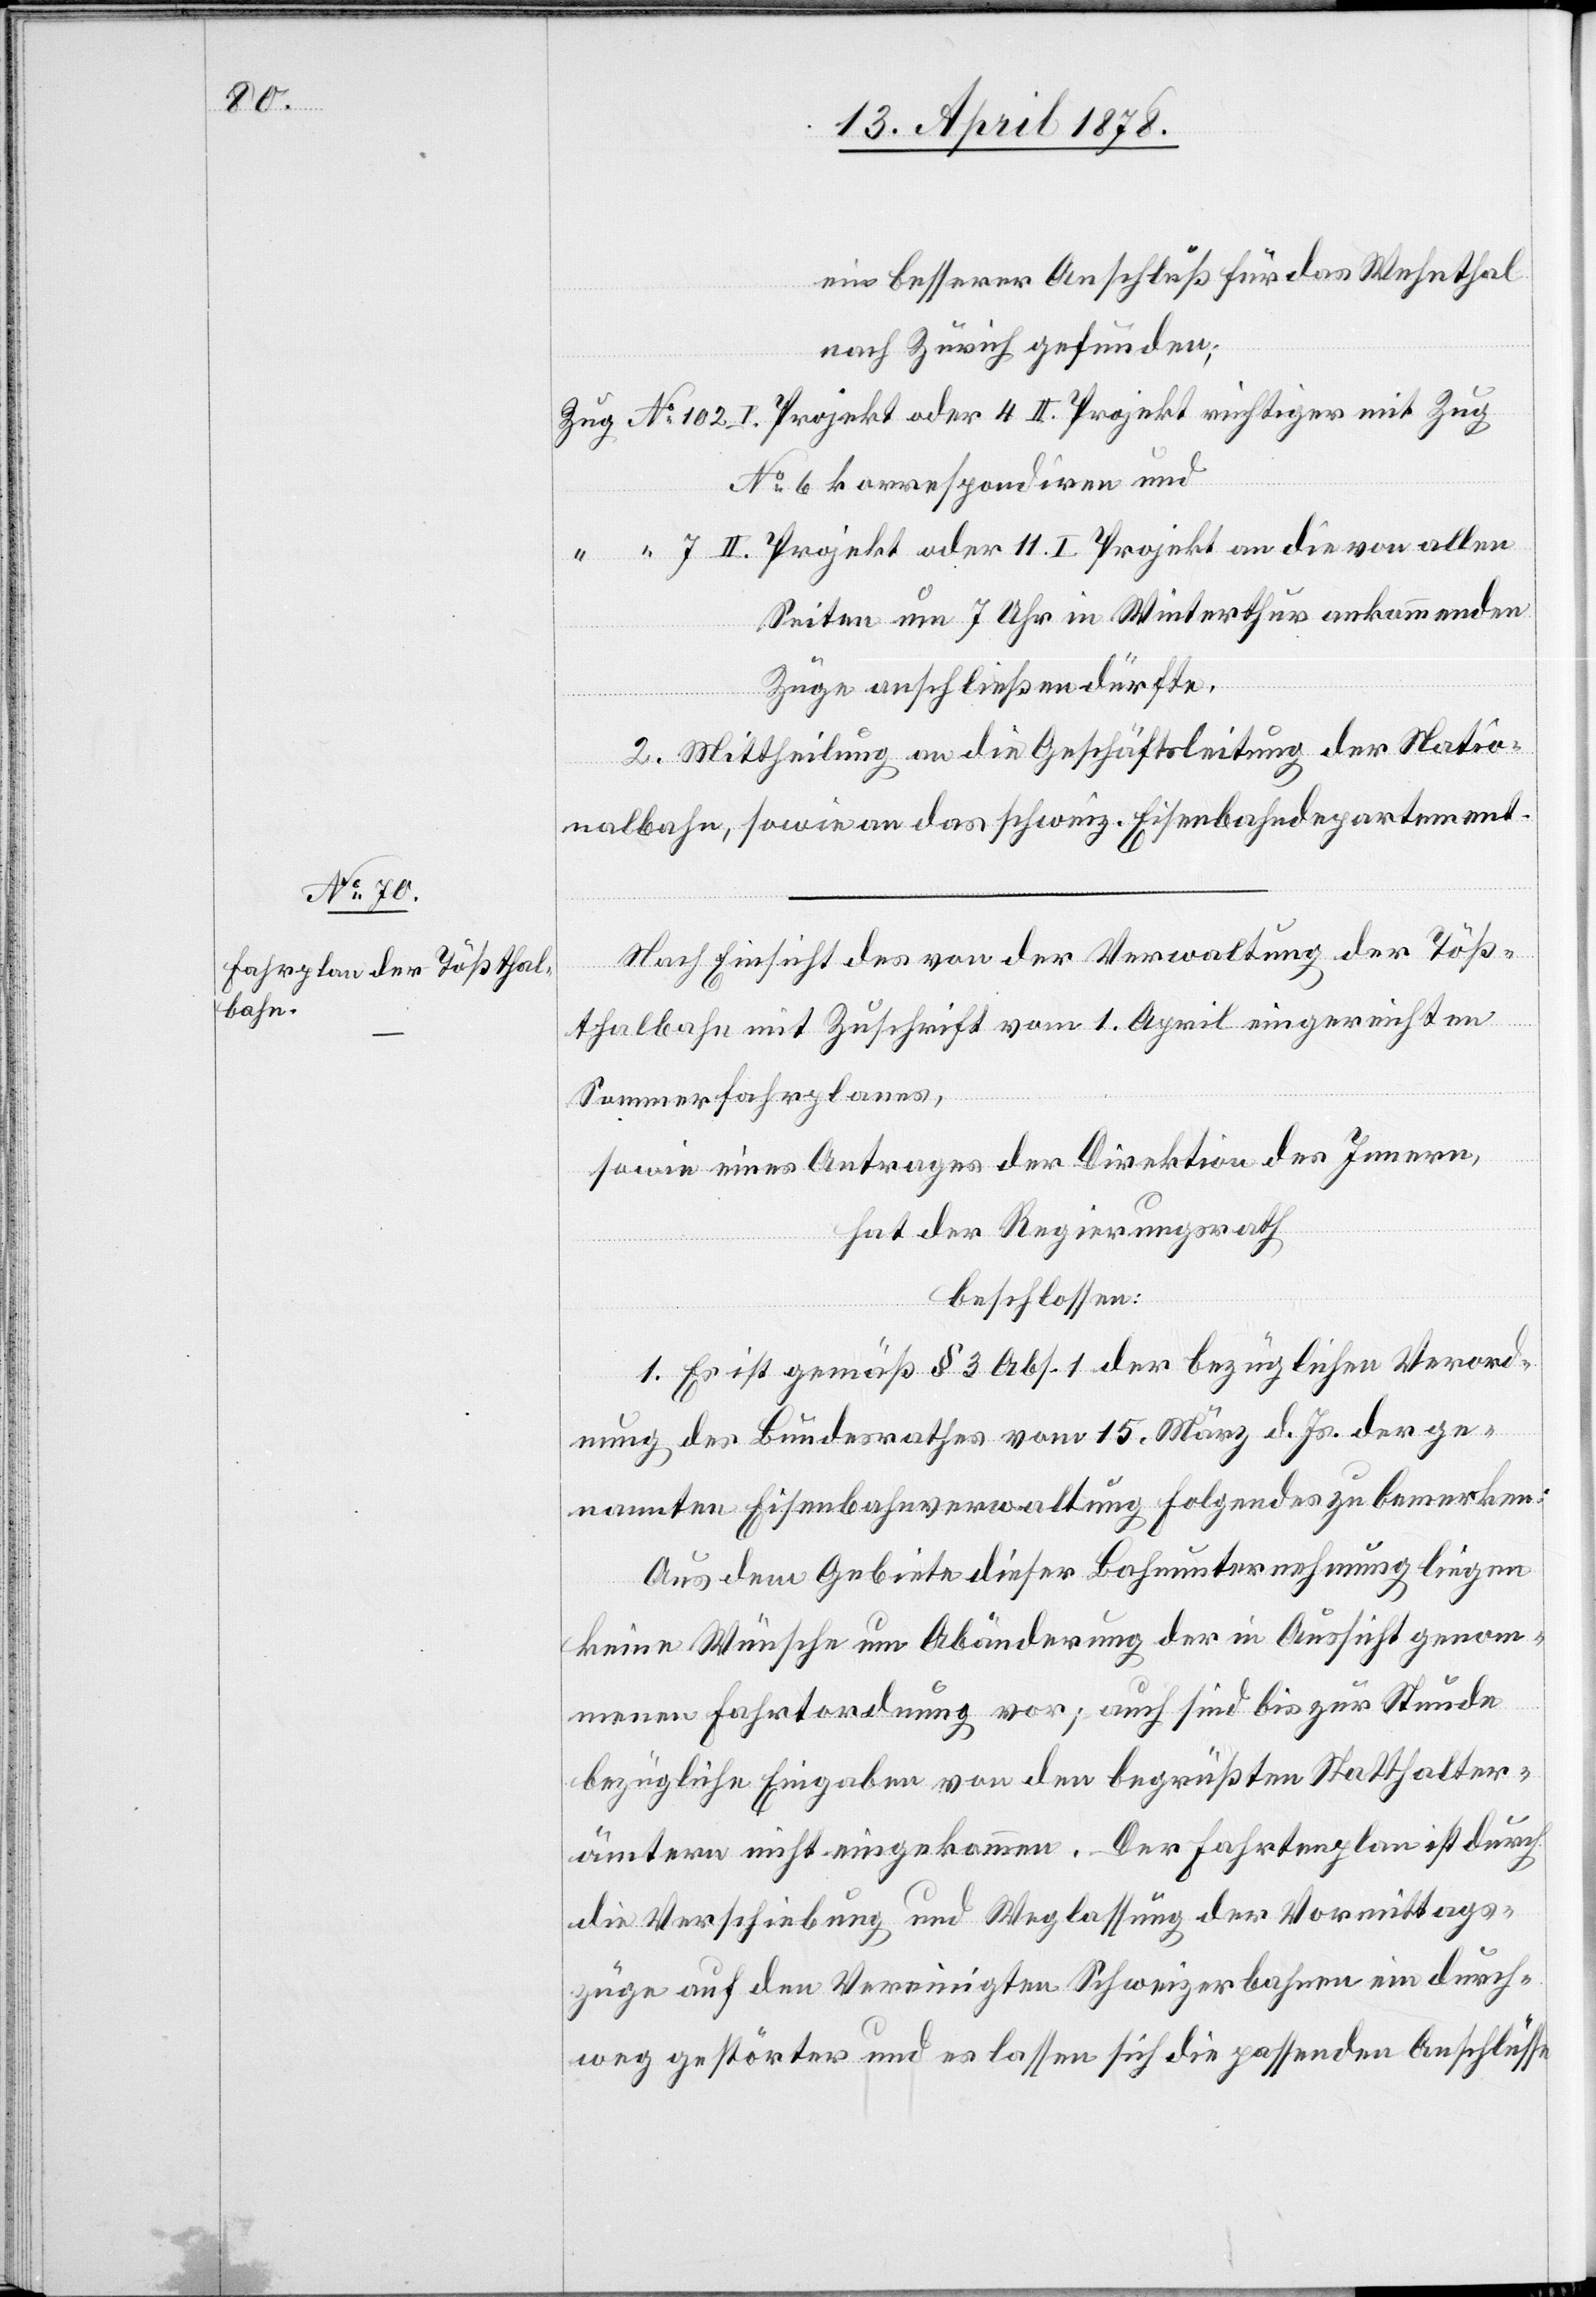
4 II.

No 102

ein besserer Anschluß für das Wehnthal
nach Zürich gefunden.
No 6 korrespondiren und
Seiten um 7 Uhr in Winterthur ankommenden
Züge anschließen dürfte.
2. Mittheilung an die Geschäftsleitung der Natio¬
I.
nalbahn, sowie an das schweiz. Eisenbahndepartement.
Nach Einsicht des von der Verwaltung der Töß¬
thalbahn mit Zuschrift vom 1. April eingereichten
Sommerfahrplanes,
sowie eines Antrages der Direktion des Innern,
hat der Regierungsrath
beschlossen:
1. Es ist gemäß § 3 Abs. 1 der bezüglichen Verord¬
nung des Bundesrathes vom 15. März d. Js. der ge¬
nannte Eisenbahnverwaltung folgendes zu bemerken:
Aus dem Gebiete dieser Bahnunternehmung liegen
keine Wünsche um Abänderung der in Aussicht genom¬
menen Fahrtordnung vor; auch sind bis zur Stunde
bezügliche Eingaben von den begrüßten Statthalter¬
ämtern nicht eingekommen. Der Fahrtenplan ist durch
die Verschiebung und Weglassung der Vormittags¬
züge auf den Vereinigten Schweizerbahnen ein durch¬
weg gestörter und es lassen sich die passenden Anschlüsse

von